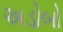
અડોબો